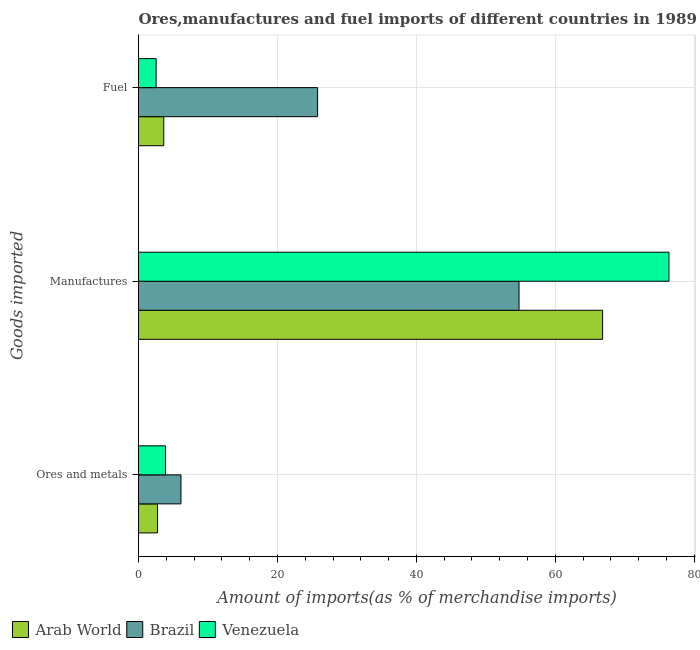
| Goods imported | Arab World | Brazil | Venezuela |
 | --- | --- | --- | --- |
 | Ores and metals | 2.74 | 6.11 | 3.88 |
 | Manufactures | 66.8 | 54.8 | 76.4 |
 | Fuel | 3.64 | 25.8 | 2.54 |